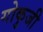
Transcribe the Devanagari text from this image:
गोकुजी